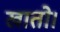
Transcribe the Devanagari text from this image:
खातो।